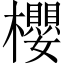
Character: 櫻